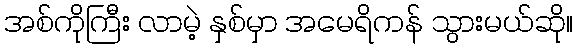
အစ်ကိုကြီး လာမဲ့ နှစ်မှာ အမေရိကန် သွားမယ်ဆို။